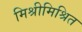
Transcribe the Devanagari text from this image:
मिश्रीमिश्रित